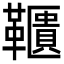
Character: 𩍨